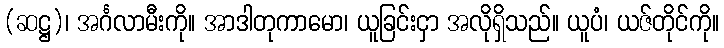
(ဆဋ္ဌ)၊ အင်္ဂလာမီးကို။ အာဒါတုကာမော၊ ယူခြင်းငှာ အလိုရှိသည်။ ယူပံ၊ ယဇ်တိုင်ကို။